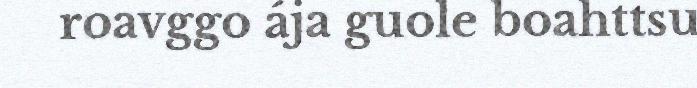
roavggo ája guole boahttsu